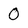
Character: 0